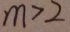
m > 2